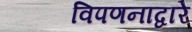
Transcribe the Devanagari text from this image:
विपणनाद्वारे